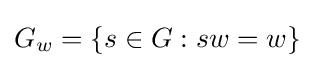
G_{w}=\{s\in G:sw=w\}